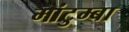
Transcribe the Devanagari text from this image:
मांटुम्बा